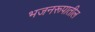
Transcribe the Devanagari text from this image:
भजनरूपातील